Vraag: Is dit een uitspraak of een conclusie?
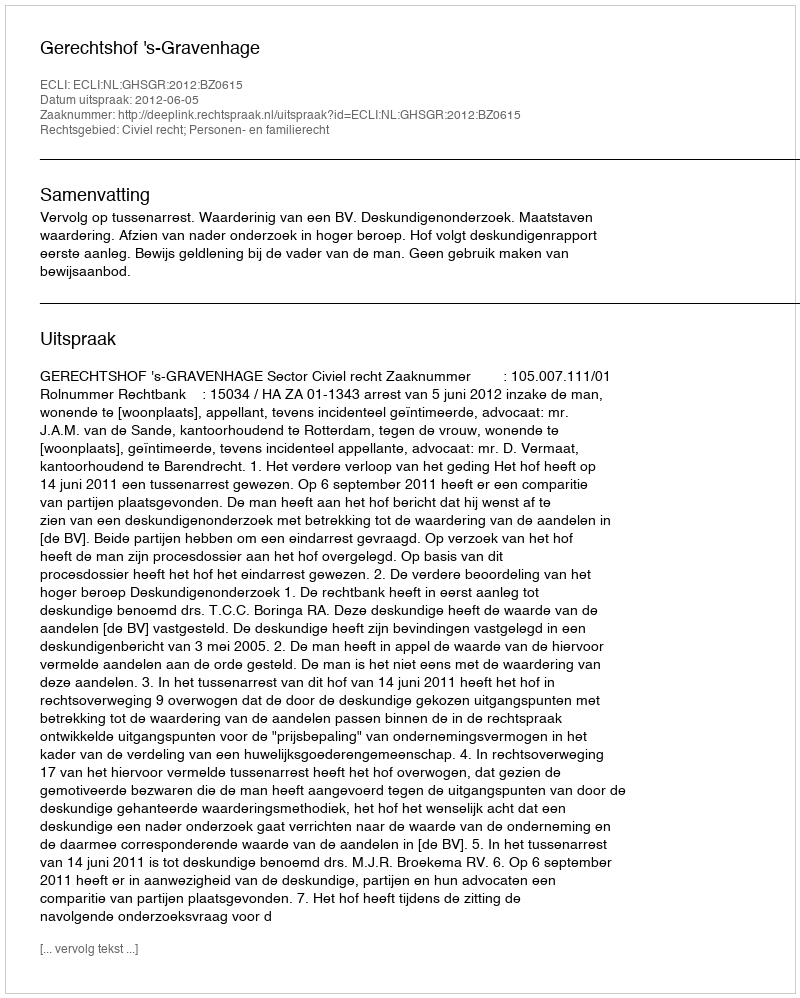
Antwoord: Uitspraak